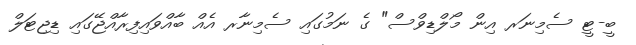
ބީ-ޓީ ސެމިނަރ އިން މޯލްޑިވްސް" ގެ ނަމުގައި ސެމިނާރ އެއް ބާއްވައިފިރާއްޖޭގައި ޑިޖިޓަލް